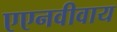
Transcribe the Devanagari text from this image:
एएनवीवाय